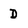
Character: D